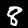
Digit: 8